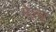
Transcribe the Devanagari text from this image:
गेल्ब